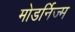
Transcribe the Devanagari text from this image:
मोडर्निज्म